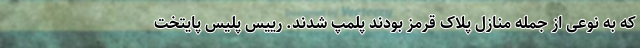
که به نوعی از جمله منازل پلاک قرمز بودند پلمپ شدند. رییس پلیس پایتخت